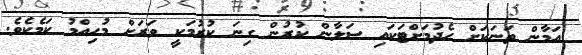
އަމާން ތަނަކަށް ހެދުމަށްޓަކައި ސަލާން ކުރުން ގިނަ ކުރުމަކީ ވަރަށް މުހިއްމު ކަމެކެވެ.